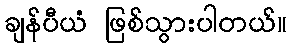
ချန်ပီယံ ဖြစ်သွားပါတယ်။